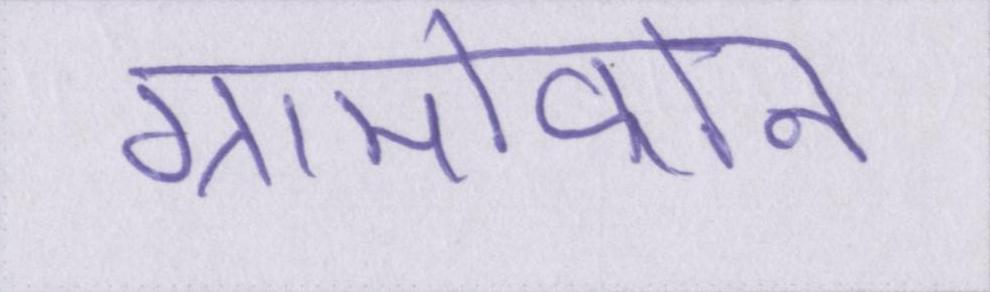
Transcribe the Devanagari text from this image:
ग्रामोफोन